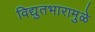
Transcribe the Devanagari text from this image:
विद्युतभारामुळे